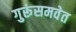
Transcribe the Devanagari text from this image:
गुरूंसमवेत